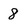
Character: 8